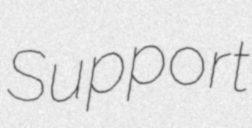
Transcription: Support